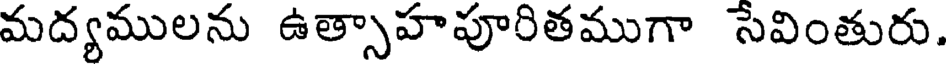
మద్యములను ఉత్సాహపూరితముగా సేవింతురు.